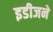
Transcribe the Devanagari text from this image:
इडीजने